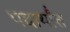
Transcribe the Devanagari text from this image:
पदार्थांंत